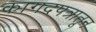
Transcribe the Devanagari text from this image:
कागदपत्रातून